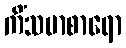
ကိံသမာစာရော